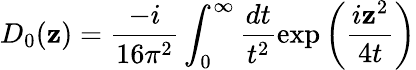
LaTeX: D_{0}(\mathbf{z})=\frac{{-i}}{{16\pi^{2}}}\int_{0}^{\infty}\frac{{dt}}{{t^{2}}}\exp\left(\frac{{i\mathbf{z}^{2}}}{{4t}}\right)